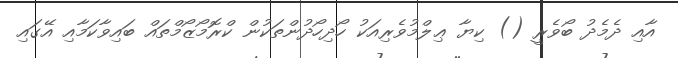
އާއި ދެމެދު ބޯވެރީ () ކިޔާ ޢިލްމުވެރިއަކު ހޯދިހޯދުންތަކުން ކްރޮމޯޒޯމްތައް ބައިވާކަމާއި އޭގައި